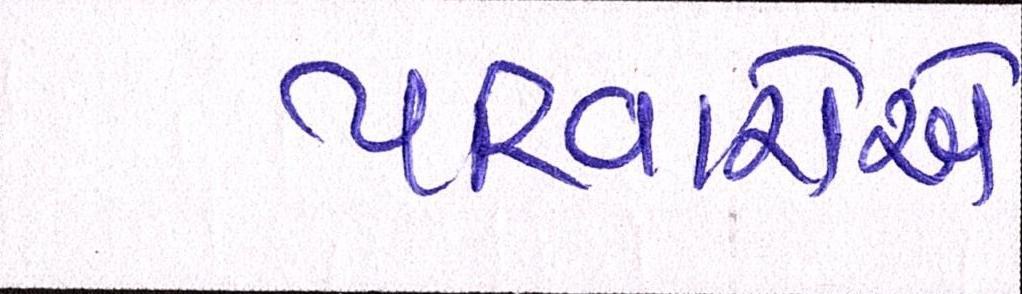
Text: પરિવારોએ